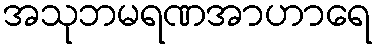
အသုဘမရဏအာဟာရေ